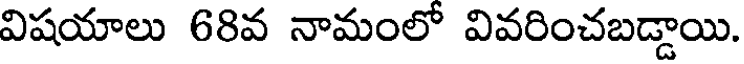
విషయాలు 68వ నామంలో వివరించబడ్డాయి.